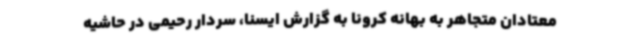
معتادان متجاهر به بهانه کرونا به گزارش ایسنا، سردار رحیمی در حاشیه